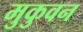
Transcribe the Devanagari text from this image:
मुकुवन